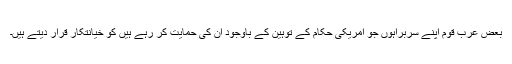
بعض عرب قوم اپنے سربراہوں جو امریکی حکام کے توہین کے باوجود ان کی حمایت کر رہے ہیں کو خیانتکار قرار دیتے ہیں۔